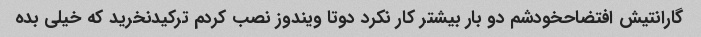
گارانتیش افتضاحخودشم دو بار بیشتر کار نکرد دوتا ویندوز نصب کردم ترکیدنخرید که خیلی بده